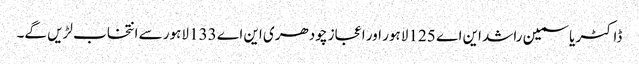
ڈاکٹر یاسمین راشد این اے 125 لاہور اور اعجاز چودھری این اے 133 لاہور سے انتخاب لڑیں گے۔